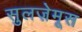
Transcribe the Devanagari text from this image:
सुलज़ेमूस